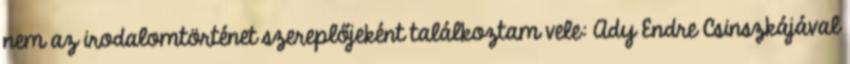
nem az irodalomtörténet szereplőjeként találkoztam vele: Ady Endre Csinszkájával